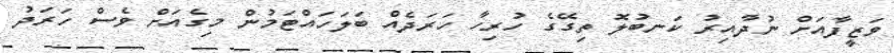
ވަޒީފާއަށް ނުދާއިރު ކަނބުލޮ ތިގޭގެ ހުރިހާ ހަރަދެއް ބަލަހައްޓަމުން މިގެއަށް ވެސް ހަރަދު